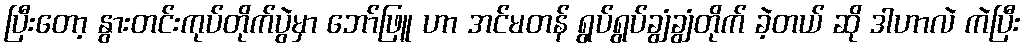
ပြီးတော့ နွားတင်းကုပ်တိုက်ပွဲမှာ ဘော်ဖြူ ဟာ အင်မတန် ရွပ်ရွပ်ချွံချွံတိုက် ခဲ့တယ် ဆို ဒါဟာလဲ ကဲပြီး